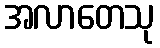
အလာတေသု